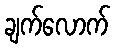
ချက်လောက်